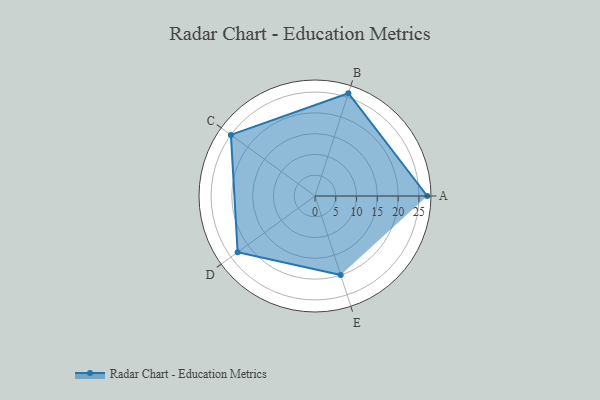
{"axis": {"x": "Skill", "y": "Score"}, "legend": ["Profile"], "data": [{"x": "A", "y": 27.0, "type": "Profile"}, {"x": "B", "y": 26.0, "type": "Profile"}, {"x": "C", "y": 25.0, "type": "Profile"}, {"x": "D", "y": 23.0, "type": "Profile"}, {"x": "E", "y": 20, "type": "Profile"}]}